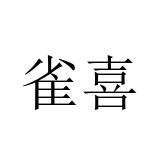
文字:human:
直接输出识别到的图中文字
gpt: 雀喜